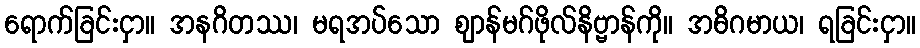
ရောက်ခြင်းငှာ။ အနဂိတဿ၊ မရအပ်သော ဈာန်မဂ်ဖိုလ်နိဗ္ဗာန်ကို။ အဓိဂမာယ၊ ရခြင်းငှာ။